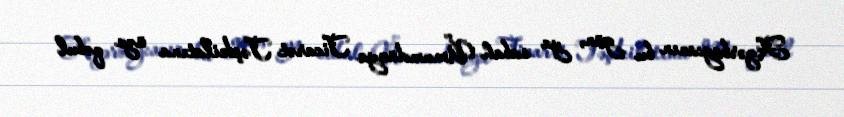
Azərbaycanın bu gün, ya sabah Ümumdünya Ticarət Təşkilatına üzv qəbul